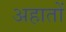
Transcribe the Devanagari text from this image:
अहातों